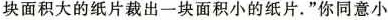
块面积大的纸片裁出一块面积小的纸片。”你同意小